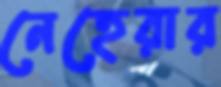
নেহেরার